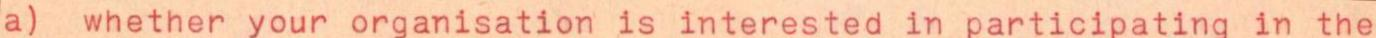
a) whether your organisation is interested in participating in the